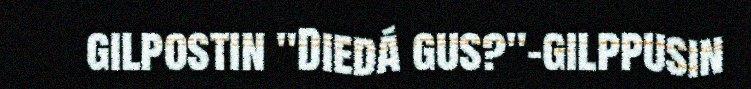
gilpostin "Diedá gus?"-gilppusin